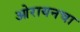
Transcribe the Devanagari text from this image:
ओरायनचा